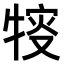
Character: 𤚔